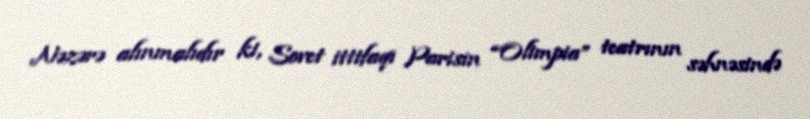
Nəzərə alınmalıdır ki, Sovet ittifaqı Parisin “Olimpia” teatrının səhnəsində